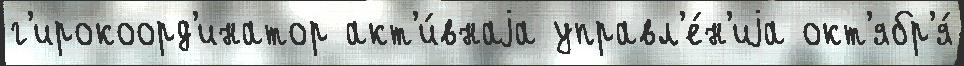
г'ирокоорд'инатор акт'и́внаjа управл'е́н'иjа окт'ябр'я́